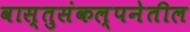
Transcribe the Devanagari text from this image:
वास्तुसंकल्पनेतील